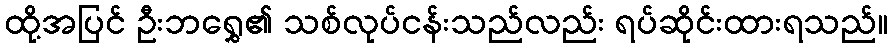
ထို့အပြင် ဦးဘရွှေ၏ သစ်လုပ်ငန်းသည်လည်း ရပ်ဆိုင်းထားရသည်။